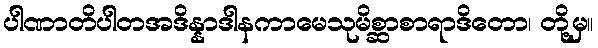
ပါဏာတိပါတအဒိန္နာဒါနကာမေသုမိစ္ဆာစာရာဒိတော၊ တို့မှ။